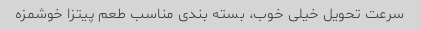
سرعت تحویل خیلی خوب، بسته بندی مناسب طعم پیتزا خوشمزه